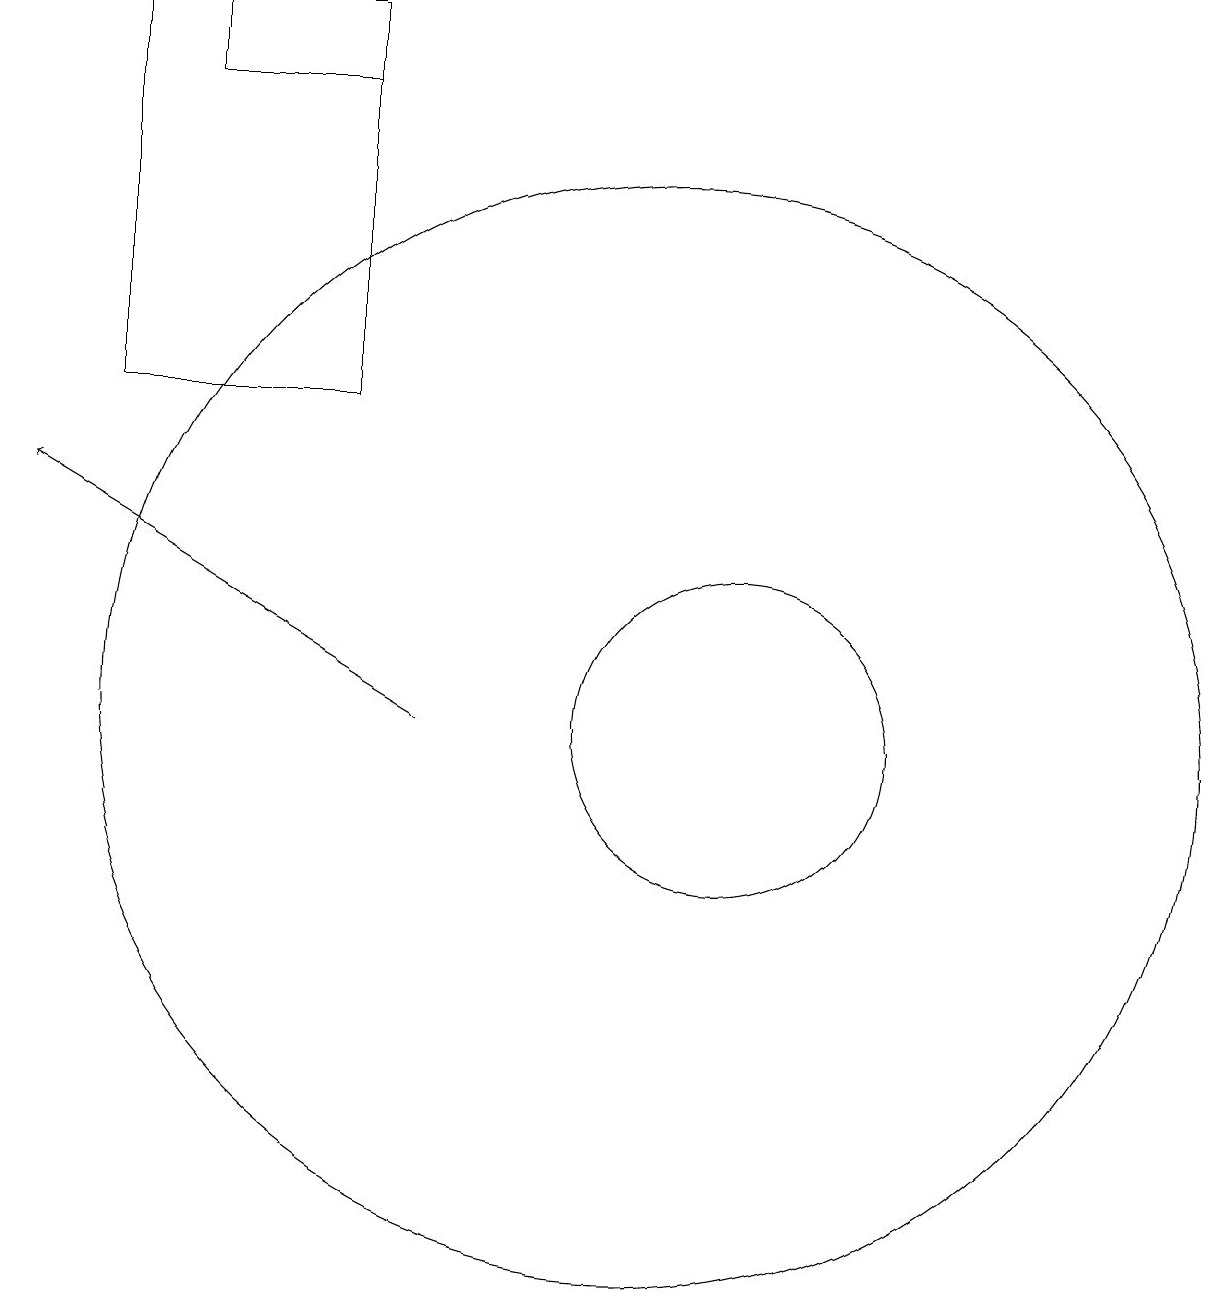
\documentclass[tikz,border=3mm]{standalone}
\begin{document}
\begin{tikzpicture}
\draw (6,19) rectangle (3,14);
\draw (10,10) circle (7);
\draw (11,10) circle (2);
\draw[->] (7,10) -- (2,13);
\draw (4,18) rectangle (6,19);
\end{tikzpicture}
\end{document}